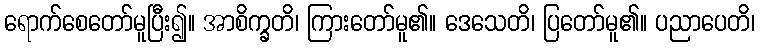
ရောက်စေတော်မူပြီး၍။ အာစိက္ခတိ၊ ကြားတော်မူ၏။ ဒေသေတိ၊ ပြတော်မူ၏။ ပညာပေတိ၊